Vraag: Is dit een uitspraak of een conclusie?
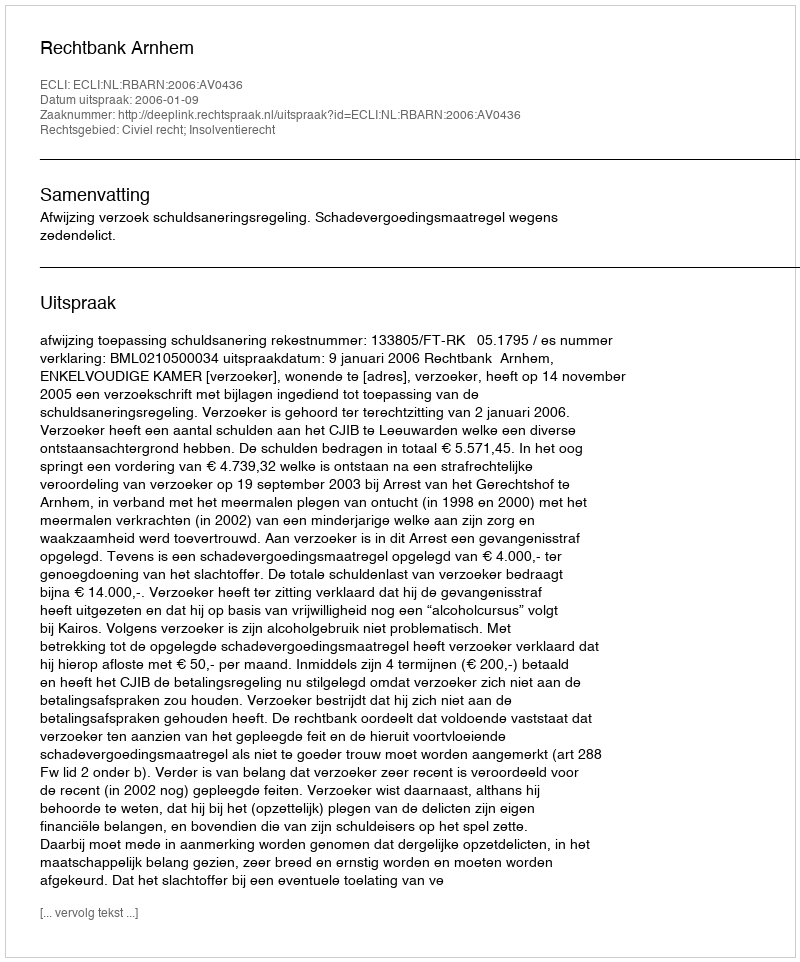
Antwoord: Uitspraak